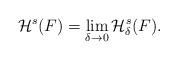
LaTeX: \begin{align*}\mathcal{H}^s(F)=\lim_{\delta\to 0} \mathcal{H}^s_{\delta}(F).\end{align*}